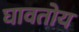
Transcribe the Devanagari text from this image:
घावतोय